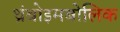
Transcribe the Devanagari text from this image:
थ्रंबोइमबोलिक